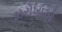
ઝરોખાઓ